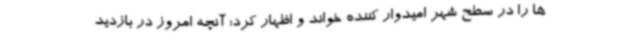
ها را در سطح شهر امیدوار کننده خواند و اظهار کرد: آنچه امروز در بازدید